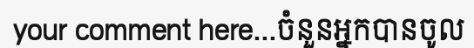
your comment here...ចំនួនអ្នកបានចូល